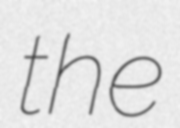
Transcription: the